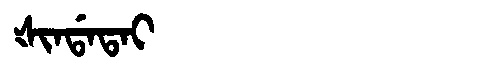
Manchu: ᡧᡳᠨᡩᠠᡨᠠᡳ
Romanization: ŠINDATAI